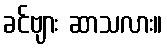
ခင်ဗျား ဆာသလား။